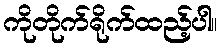
ကိုတိုက်ရိုက်ထည့်ပါ။